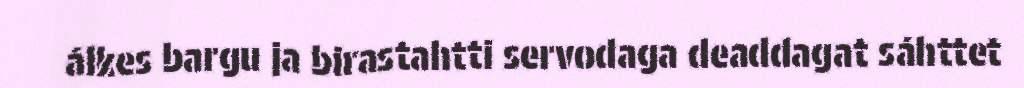
álkes bargu ja birastahtti servodaga deaddagat sáhttet